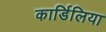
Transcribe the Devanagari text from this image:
कार्डिलिया